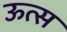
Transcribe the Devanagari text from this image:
ऊत्स